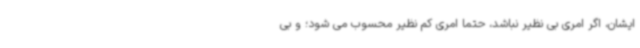
ایشان، اگر امری بی نظیر نباشد، حتما امری کم نظیر محسوب می شود؛ و بی